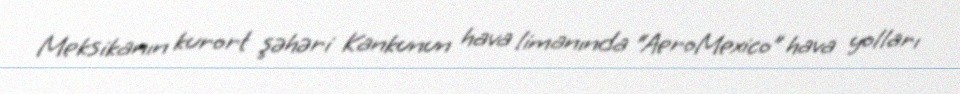
Meksikanın kurort şəhəri Kankunun hava limanında “AeroMexico” hava yolları